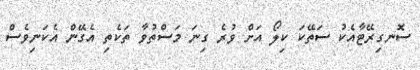
ސޮނގިރޭޓާއެކު ސަތޭކަ ކިލޯ އަށް ވުރެ ގިނަ މަސްތުވާ ތަކެތި އެގޭން އެކަނިވެސް